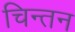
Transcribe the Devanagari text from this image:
चिन्‍तन